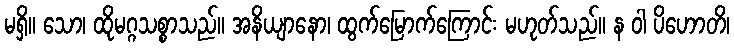
မရှိ။ သော၊ ထိုမဂ္ဂသစ္စာသည်။ အနိယျာနော၊ ထွက်မြောက်ကြောင်း မဟုတ်သည်။ န ဝါ ပိဟောတိ၊